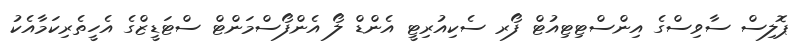
ޕޮލިސް ސާވިސްގެ އިންސްޓިޓިއުޓް ފޯރ ސެކިއުރިޓީ އެންޑް ލޯ އެންފޯސްމަންޓް ސްޓަޑީޒްގެ އެހީތެރިކަމާއެކު